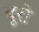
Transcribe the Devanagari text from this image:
बूरो